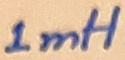
Text: 1mH